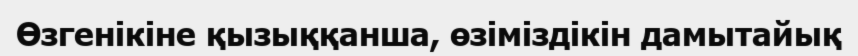
Өзгенiкiне қызыққанша, өзiмiздiкiн дамытайық